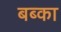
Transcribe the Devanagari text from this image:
बब्का